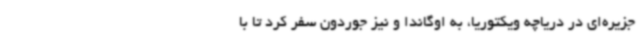
جزیره‌ای در دریاچه ویکتوریا، به اوگاندا و نیز جوردون سفر کرد تا با